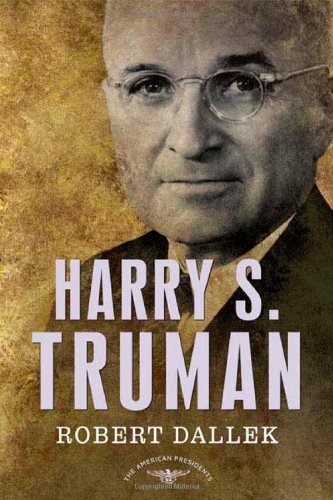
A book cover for Harry S. Truman: The American Presidents Series: The 33rd President, 1945-1953; Robert Dallek; Biographies & Memoirs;